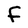
Character: f